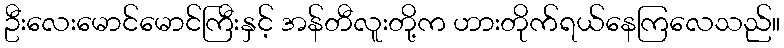
ဦးလေးမောင်မောင်ကြီးနှင့် အန်တီလူးတို့က ဟားတိုက်ရယ်နေကြလေသည်။